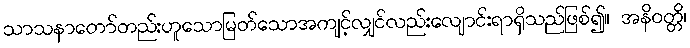
သာသနာတော်တည်းဟူသောမြတ်သောအကျင့်လျှင်လည်းလျောင်းရာရှိသည်ဖြစ်၍။ အနိဝတ္တိ၊